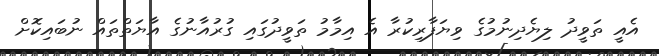
އެއީ ތަވީދު ލިޔެދިނުމުގެ ވިޔަފާރިކުރާ އެ އިމާމު ތަވީދުގައި ގުރުއާނުގެ އާޔަތްތައް ނުބައިކޮށް